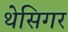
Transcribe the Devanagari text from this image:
थेसिगर